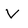
Character: V